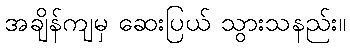
အချိန်ကျမှ ဆေးပြယ် သွားသနည်း။